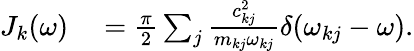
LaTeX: \begin{array}{rl}{J_{k}(\omega)}&{{}=\frac{\pi}{2}\sum_{j}\frac{c_{kj}^{2}}{m_{kj}\omega_{kj}}\delta(\omega_{kj}-\omega).}\end{array}